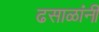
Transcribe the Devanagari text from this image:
ढसाळांनी